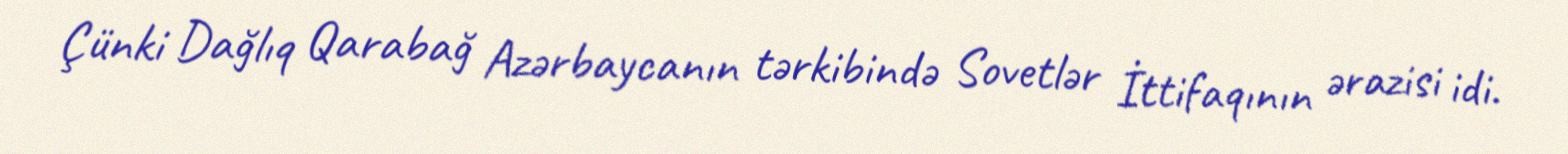
Çünki Dağlıq Qarabağ Azərbaycanın tərkibində Sovetlər İttifaqının ərazisi idi.